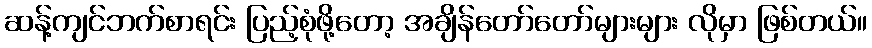
ဆန့်ကျင်ဘက်စာရင်း ပြည့်စုံဖို့တော့ အချိန်တော်တော်များများ လိုမှာ ဖြစ်တယ်။